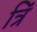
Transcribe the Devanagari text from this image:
त्रिं